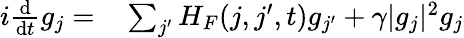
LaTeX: \begin{array}{rl}{i\frac{\mathrm d}{\mathrm dt}g_{j}=}&{{}\sum_{j^{\prime}}H_{F}(j,j^{\prime},t)g_{j^{\prime}}+\gamma|g_{j}|^{2}g_{j}}\end{array}